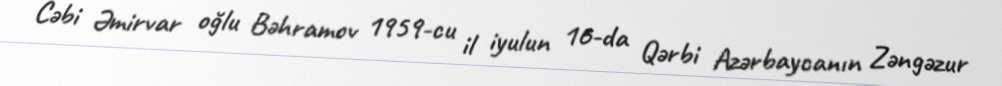
Cəbi Əmirvar oğlu Bəhramov 1959-cu il iyulun 16-da Qərbi Azərbaycanın Zəngəzur